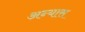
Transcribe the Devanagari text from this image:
अन्यास